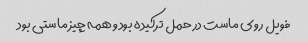
فویل روی ماست د‌ر حمل ترکیده بود و همه چیز ماستی بود